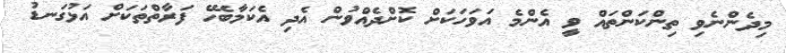
މިދެންނެވި ތިންކަންތައް ވީ އެންމެ އަވަހަކަށް ކޮށްދެއްވުން އެދި އެކަމާބެހޭ ފަރާތްތަކަށް އަޅުގަނޑު